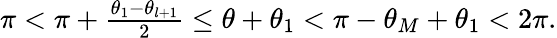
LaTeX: \begin{array}{r}{\pi<\pi+\frac{\theta_{1}-\theta_{l+1}}{2}\le\theta+\theta_{1}<\pi-\theta_{M}+\theta_{1}<2\pi.}\end{array}